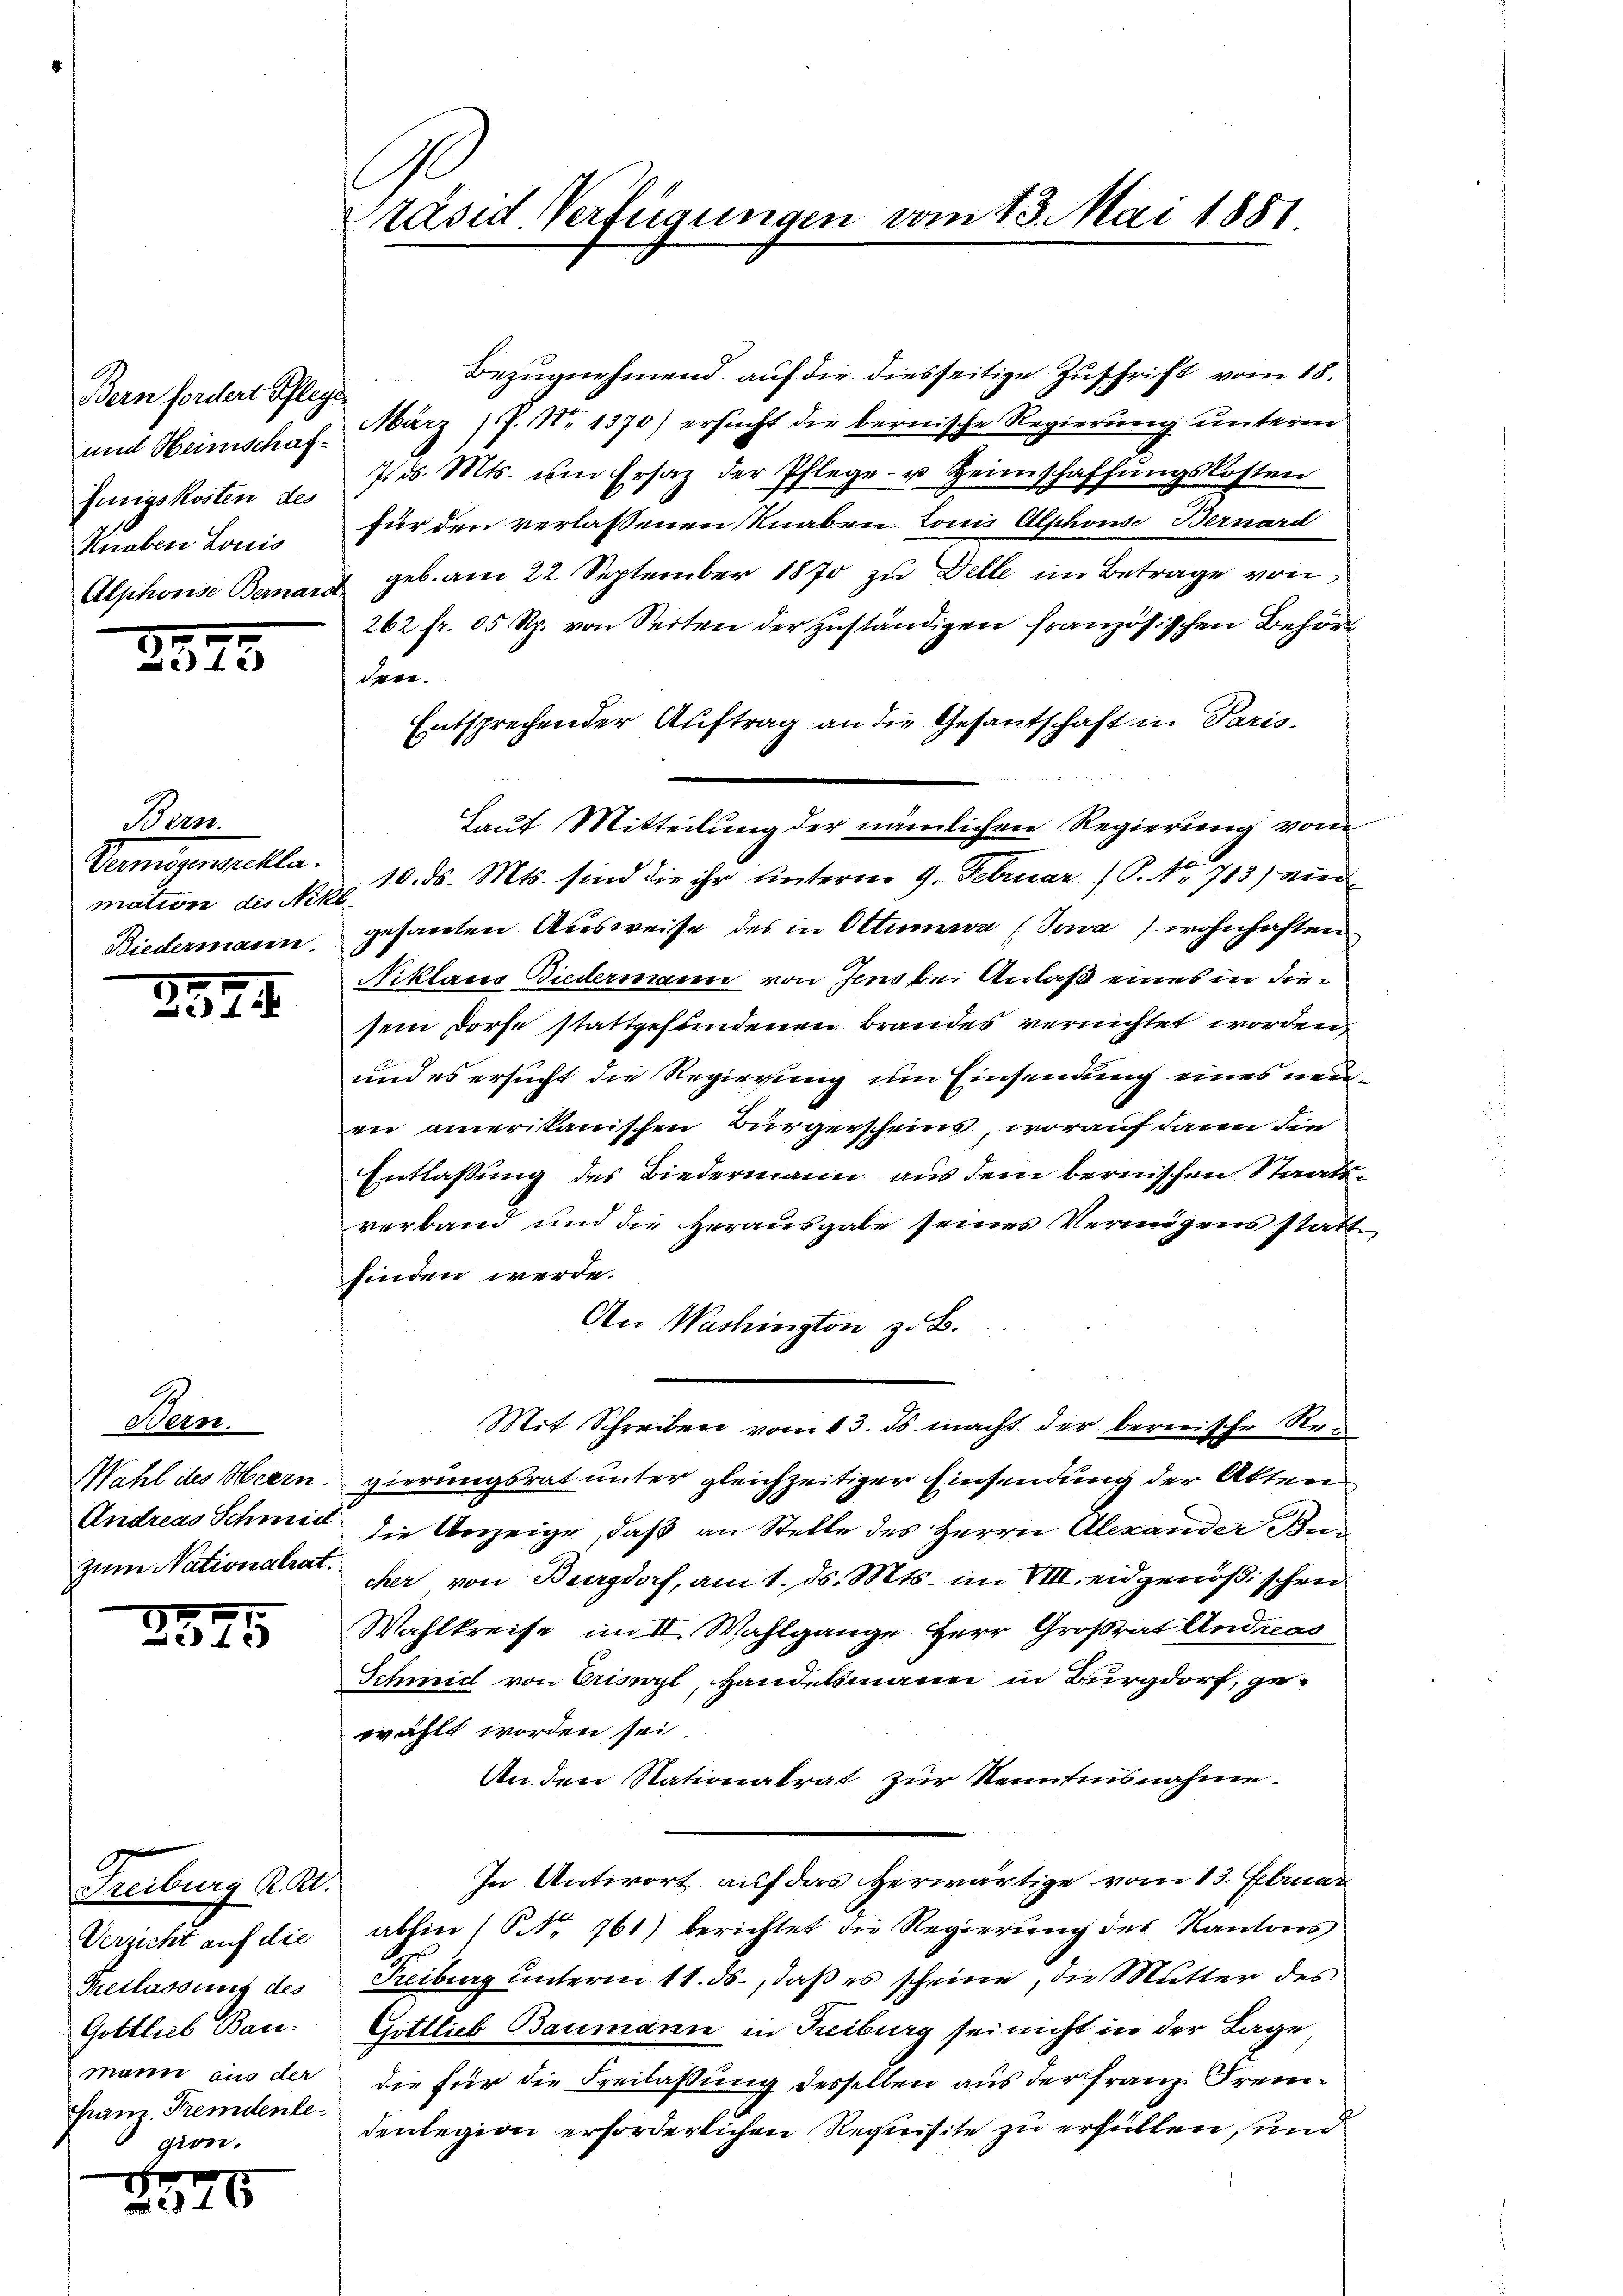
Bern fordert Pflege
und Heimschaffungskosten des
Knaben Louis
Alphonse Bernard.

2375

Bam
Bangewickle.
mation des Nikl
Riedermann

2874

Bern.
Wahl des Herrn.
Andreas Schmid
zum Nationalrat.

2575

Freiburg R. R.
Verzicht auf die
Theilassung des
Gottlieb Baumann aus der
Franz. Fremdenlegion.

.

75

Präsid Verfügungen vom 23. Mai 1881.

Bezugnehmend auf die diesseitige Zuschrift vom 18.
März (J. No 1370) ersucht die bernische Regierung unterm
7. d. Mts. um Ersatz der Pflege u Heimschaffŭngskosten
für den verlassenen Knaben Tonis Alphons Bernard
geb. am 22. September 1870 zu Delle im Betrage von
262 fr. 05 Rp. von Seiten der zuständigen französischen Behörden.
Entsprechender Auftrag an die Gesantschaft in Paris.
Laut Mitteilung der nämlichen Regierung vom
10. d. Mts. sind die ihr unterm 9. Februar (P. Nr. 713) ein
gesandten Ausweise des in Ottimia (Juva) wohnhaften
Niklares Biedermann von Jens bei Anlaß eines in diesein Dorfe stattgefundenen Brandes vernichtet worden,
und es ersucht die Regierung um Einsendung eines neueen amerikanischen Bürgerscheins, worauf dann die
Entlassung des Biedermann aus dem bernischen Staatsverband und die Herausgabe seines Vermögens statt
finden werde.
An Washington z. B.
Mit Schreiben vom 13. ds macht der bererische Rezierungsrat unter gleichzeitiger Einsendung der Akten
die Vorzeige, daß an Stelle des Herrn Alexander Becher von Burgdorf, am 1. ds. Mts. im VIII eidgenößischen
Wahlkreise im II. Wahlgange Herr Großrat Andreas
Schmid von Crisyl, Handelsmann in Burgdorf, gewählt worden sei
An den Nationalrat zur Nenntnisnahme
In Antwort auf das herwärtige vom 13. Elmar
abhin (No 761) berichtet die Regierung des Kantons
Freiburg unterm 11. ds., daß es scheine, die Mutter des
Gottlieb Baumann in Freiburg sei nicht in der Lage
die für die Freilassung desselben aus der Franz Fremdenlegion erforderlichen Requisite zu erfüllen, und